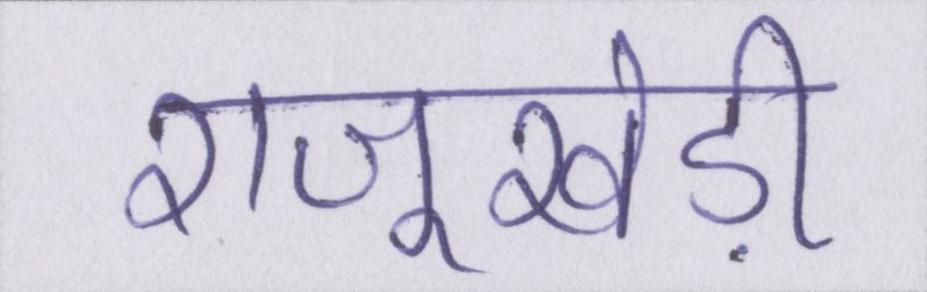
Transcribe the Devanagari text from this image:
राजूखेड़ी